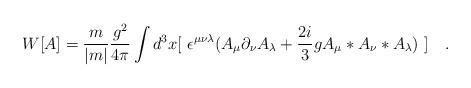
LaTeX: \begin{align*}W[A] = \frac{m}{|m|} \frac{g^2}{4\pi} \int d^3x[~\epsilon^{\mu\nu\lambda}(A_{\mu}\partial_{\nu}A_{\lambda}+ \frac{2i}{3}g A_{\mu}*A_{\nu}*A_{\lambda})~] ~~~.\\\end{align*}